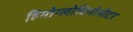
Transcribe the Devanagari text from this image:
हिमोग्लोबिनोमीटर